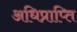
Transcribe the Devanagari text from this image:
अधिप्राप्‍ति